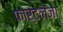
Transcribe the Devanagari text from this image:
फोर्टलेजा